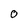
Character: 0